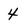
Character: 4